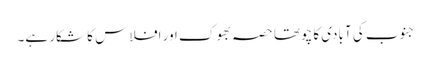
جنوب کی آبادی کا چوتھا حصہ بھوک اور افلاس کا شکار ہے۔